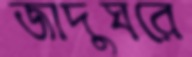
জাদুঘরে